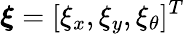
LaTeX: \boldsymbol{\xi}=[\xi_{x},\xi_{y},\xi_{\theta}]^{T}